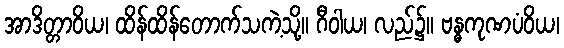
အာဒိတ္တာဝိယ၊ ထိန်ထိန်တောက်သကဲ့သို့။ ဂီဝါယ၊ လည်၌။ ဗန္ဓကုဏပံဝိယ၊